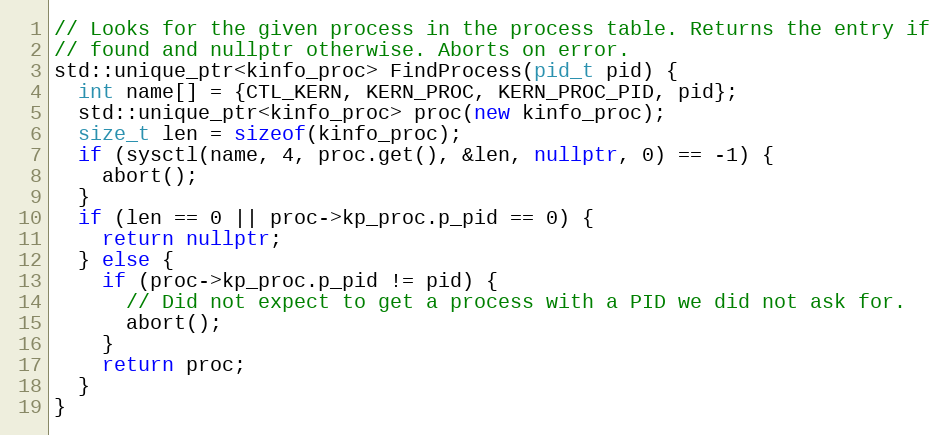
Language: C++
// Looks for the given process in the process table. Returns the entry if
// found and nullptr otherwise. Aborts on error.
std::unique_ptr<kinfo_proc> FindProcess(pid_t pid) {
  int name[] = {CTL_KERN, KERN_PROC, KERN_PROC_PID, pid};
  std::unique_ptr<kinfo_proc> proc(new kinfo_proc);
  size_t len = sizeof(kinfo_proc);
  if (sysctl(name, 4, proc.get(), &len, nullptr, 0) == -1) {
    abort();
  }
  if (len == 0 || proc->kp_proc.p_pid == 0) {
    return nullptr;
  } else {
    if (proc->kp_proc.p_pid != pid) {
      // Did not expect to get a process with a PID we did not ask for.
      abort();
    }
    return proc;
  }
}